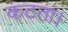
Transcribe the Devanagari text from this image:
कटता।